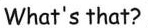
What's that?